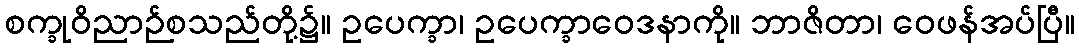
စက္ခုဝိညာဉ်စသည်တို့၌။ ဥပေက္ခာ၊ ဥပေက္ခာဝေဒနာကို။ ဘာဇိတာ၊ ဝေဖန်အပ်ပြီ။